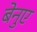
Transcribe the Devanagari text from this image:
बेनुए